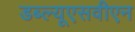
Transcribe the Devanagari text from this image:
डब्ल्यूएसवीएन